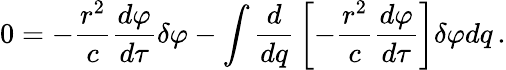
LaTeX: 0=-{\frac{r^{2}}{c}}{\frac{d\varphi}{d\tau}}\delta\varphi-\int{{\frac{d}{dq}}\left[-{\frac{r^{2}}{c}}{\frac{d\varphi}{d\tau}}\right]\delta\varphi dq}\, .